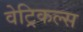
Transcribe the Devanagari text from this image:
वेट्रिकल्स